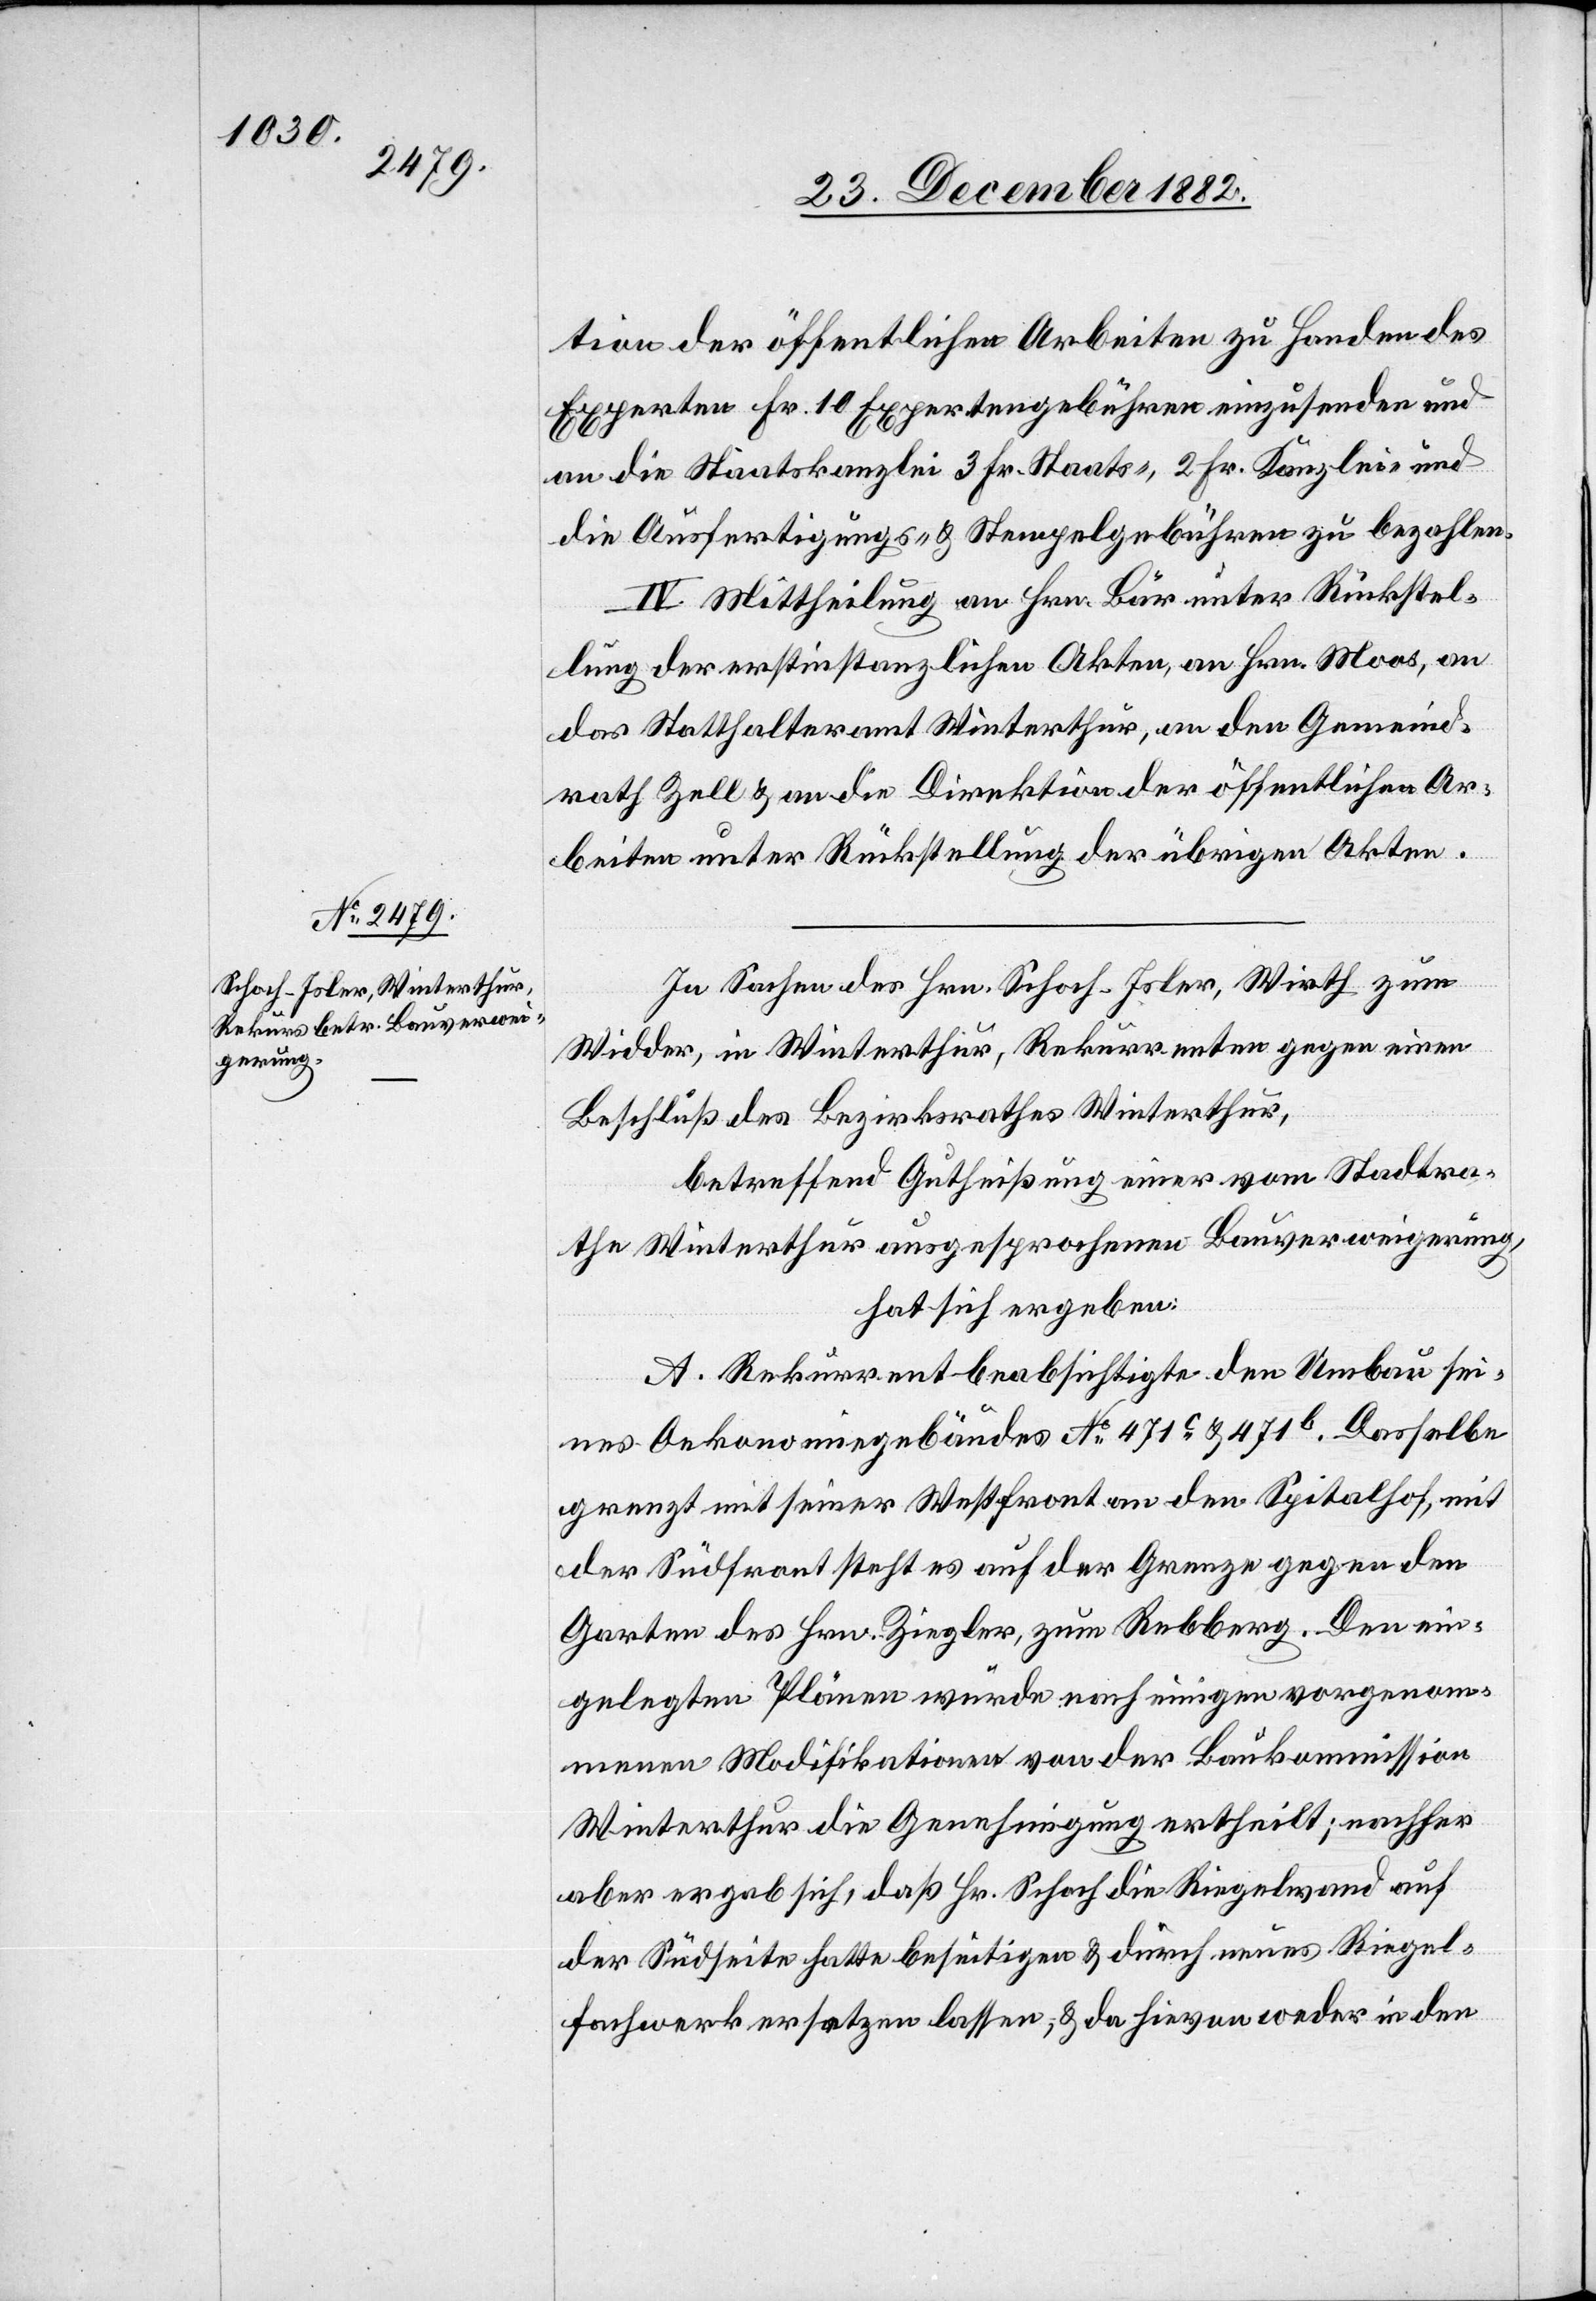
tion der öffentlichen Arbeiten zu Handen des
Experten Fr. 10 Expertengebühren einzusenden und
an die Staatskanzlei 3 Fr. Staats-, 2 Fr. Kanzlei- und
die Ausfertigung- & Stempelgebühren zu bezahlen.
IV. Mittheilung an Hrn. Bär unter Rückstel¬
lung der erstinstanzlichen Akten, an Hrn. Moos, an
das Statthalteramt Winterthur, an den Gemeind¬
rath Zell & an die Direktion der öffentlichen Ar¬
beiten unter Rückstellung der übrigen Akten.
In Sachen des Hrn. Schoch-Isler, Wirth zum
Wider, in Winterthur, Rekurrenten gegen einen
Beschluß des Regierungsrathes Winterthur,
betreffend Gutheißung einer vom Stadtra¬
the Winterthur ausgesprochenen Bauverweigerung,
hat sich ergeben:
A. Rekurrent beabsichtigte den Umbau sei¬
nes Oekonomiegebäudes No 471c & 471b. Dasselbe
grenzt mit seiner Westfront an den Spitalhof, mit
der Südfront steht es auf der Grenze gegen den
Garten des Hrn. Ziegler, zum Rebberg. Den ein¬
gelegten Plänen wurde nach einigen vorgenom¬
menen Modifikationen von der Baukommission
aber ergab sich, daß Hr. Schoch die Riegelwand auf
der Südseite hatte beseitigen & durch neues Riegel¬
fachwerk ersetzen lassen, & da hievon weder in den